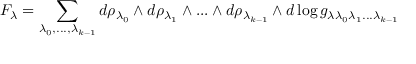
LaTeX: F _ { \lambda } = \sum _ { \lambda _ { 0 } , . . . , \lambda _ { k - 1 } } d \rho _ { \lambda _ { 0 } } \wedge d \rho _ { \lambda _ { 1 } } \wedge . . . \wedge d \rho _ { \lambda _ { k - 1 } } \wedge d \log g _ { \lambda \lambda _ { 0 } \lambda _ { 1 } . . . \lambda _ { k - 1 } }